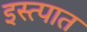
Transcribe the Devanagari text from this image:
इस्त्पात